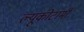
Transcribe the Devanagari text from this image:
ल्यूकोटामी